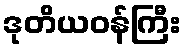
ဒုတိယဝန်ကြီး